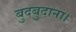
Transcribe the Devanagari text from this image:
बुदबुदाना।